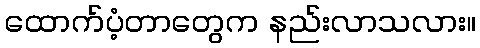
ထောက်ပံ့တာတွေက နည်းလာသလား။